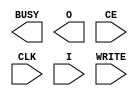
// $Header: /devl/xcs/repo/env/Databases/CAEInterfaces/verunilibs/data/virtex4/ICAP_VIRTEX4.v,v 1.3.230.1 2007/03/09 18:13:22 patrickp Exp $
///////////////////////////////////////////////////////////////////////////////
// Copyright (c) 1995/2004 Xilinx, Inc.
// All Right Reserved.
///////////////////////////////////////////////////////////////////////////////
//   ____  ____
//  /   /\/   /
// /___/  \  /    Vendor : Xilinx
// \   \   \/     Version : 7.1i (H.19)
//  \   \         Description : Xilinx Functional Simulation Library Component
//  /   /                  Internal Configuration Access Port for Virtex4
// /___/   /\     Filename : ICAP_VIRTEX4.v
// \   \  /  \    Timestamp : Thu Mar 25 16:43:51 PST 2004
//  \___\/\___\
//
// Revision:
//    03/23/04 - Initial version.

`timescale  100 ps / 10 ps


module ICAP_VIRTEX4 (BUSY, O, CE, CLK, I, WRITE);

    output BUSY;
    output [31:0] O;

    input  CE, CLK, WRITE;
    input  [31:0] I;

    parameter ICAP_WIDTH = "X8";
    
endmodule